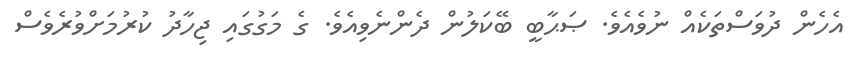
އެހެން ދުވަސްތަކެއް ނުވެއެވެ. ޞަޙާބީ ބޭކަލުން ދެންނެވިއެވެ. ގެ މަގުގައި ޖިހާދު ކުރުމަށްވުރެވެސް